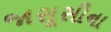
જાસૂસીના